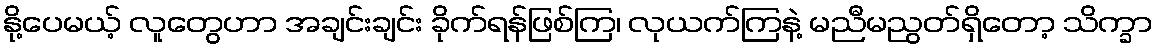
နို့ပေမယ့် လူတွေဟာ အချင်းချင်း ခိုက်ရန်ဖြစ်ကြ၊ လုယက်ကြနဲ့ မညီမညွတ်ရှိတော့ သိက္ခာ